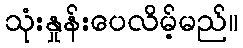
သုံးနှုန်းပေလိမ့်မည်။